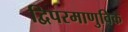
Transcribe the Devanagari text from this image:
द्विपरमाणुविक